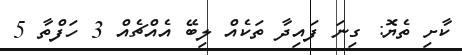
ކާށި ތެޔޮ: ގިނަ ފައިދާ ތަކެއް ލިބޭ އެއްޗެއް 3 ހަފްތާ 5